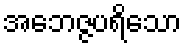
အဘေဇ္ဇပရိသော